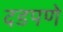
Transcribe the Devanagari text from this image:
दडपणे